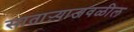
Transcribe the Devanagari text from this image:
साताऱ्याजवळील